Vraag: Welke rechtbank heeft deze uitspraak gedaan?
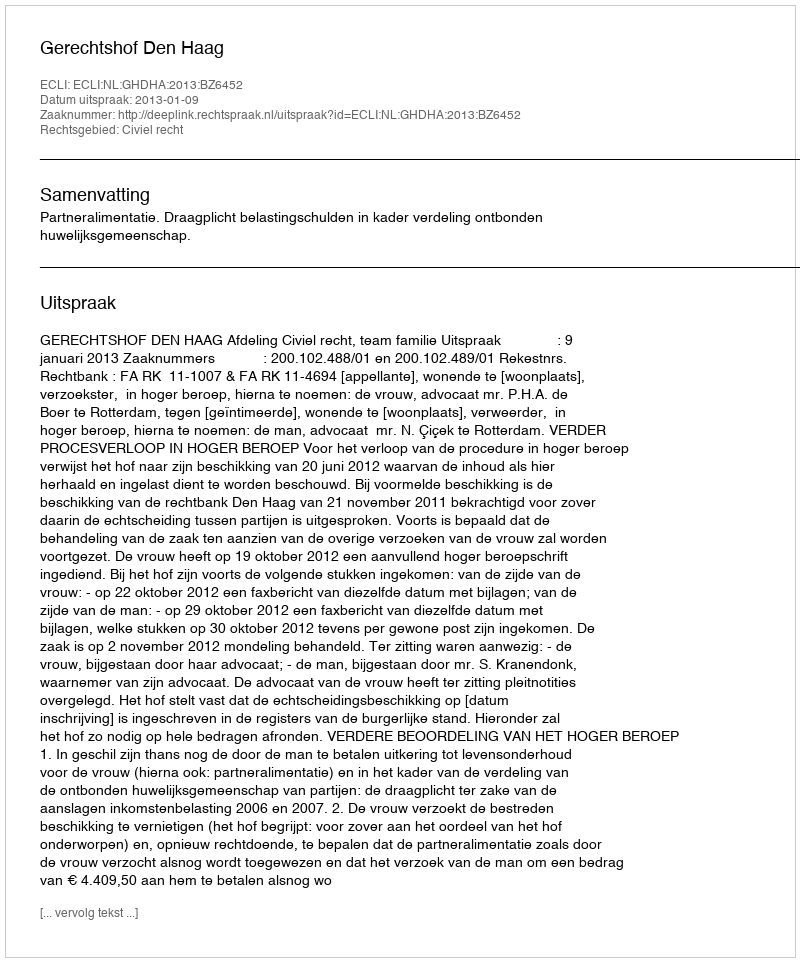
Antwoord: Gerechtshof Den Haag